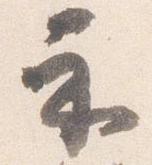
示